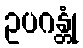
ဥပဂန္တုံ